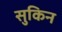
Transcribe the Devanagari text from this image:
सुकिन